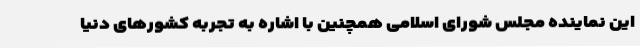
این نماینده مجلس شورای اسلامی همچنین با اشاره به تجربه کشورهای دنیا